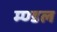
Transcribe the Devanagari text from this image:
म्ण्डल